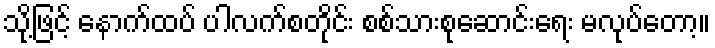
သို့ဖြင့် နောက်ထပ် ပါလက်စတိုင်း စစ်သားစုဆောင်းရေး မလုပ်တော့။